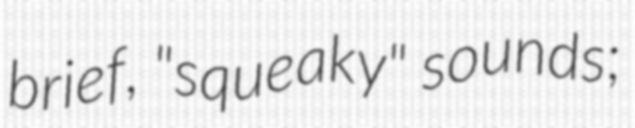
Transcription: brief, "squeaky" sounds;